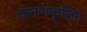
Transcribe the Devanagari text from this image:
वातानकुलित